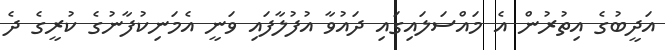
އަދީބުގެ އިތުރުން އެ މައްސަލައިގައި ދައުވާ އުފުލާފައި ވަނީ އެމަނިކުފާނުގެ ކުރީގެ ދެ